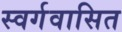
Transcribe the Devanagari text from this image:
स्वर्गवासित